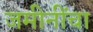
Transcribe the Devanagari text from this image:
जमीनींचा